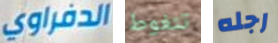
الدفراوي تتغوط رجله